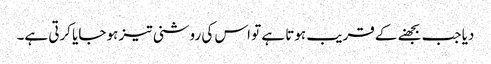
دیا جب بجھنے کے قریب ہوتا ہے تو اس کی روشنی تیز ہو جایا کرتی ہے۔